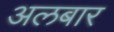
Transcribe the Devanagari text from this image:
अलबार